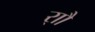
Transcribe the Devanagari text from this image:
र्‍ाौ